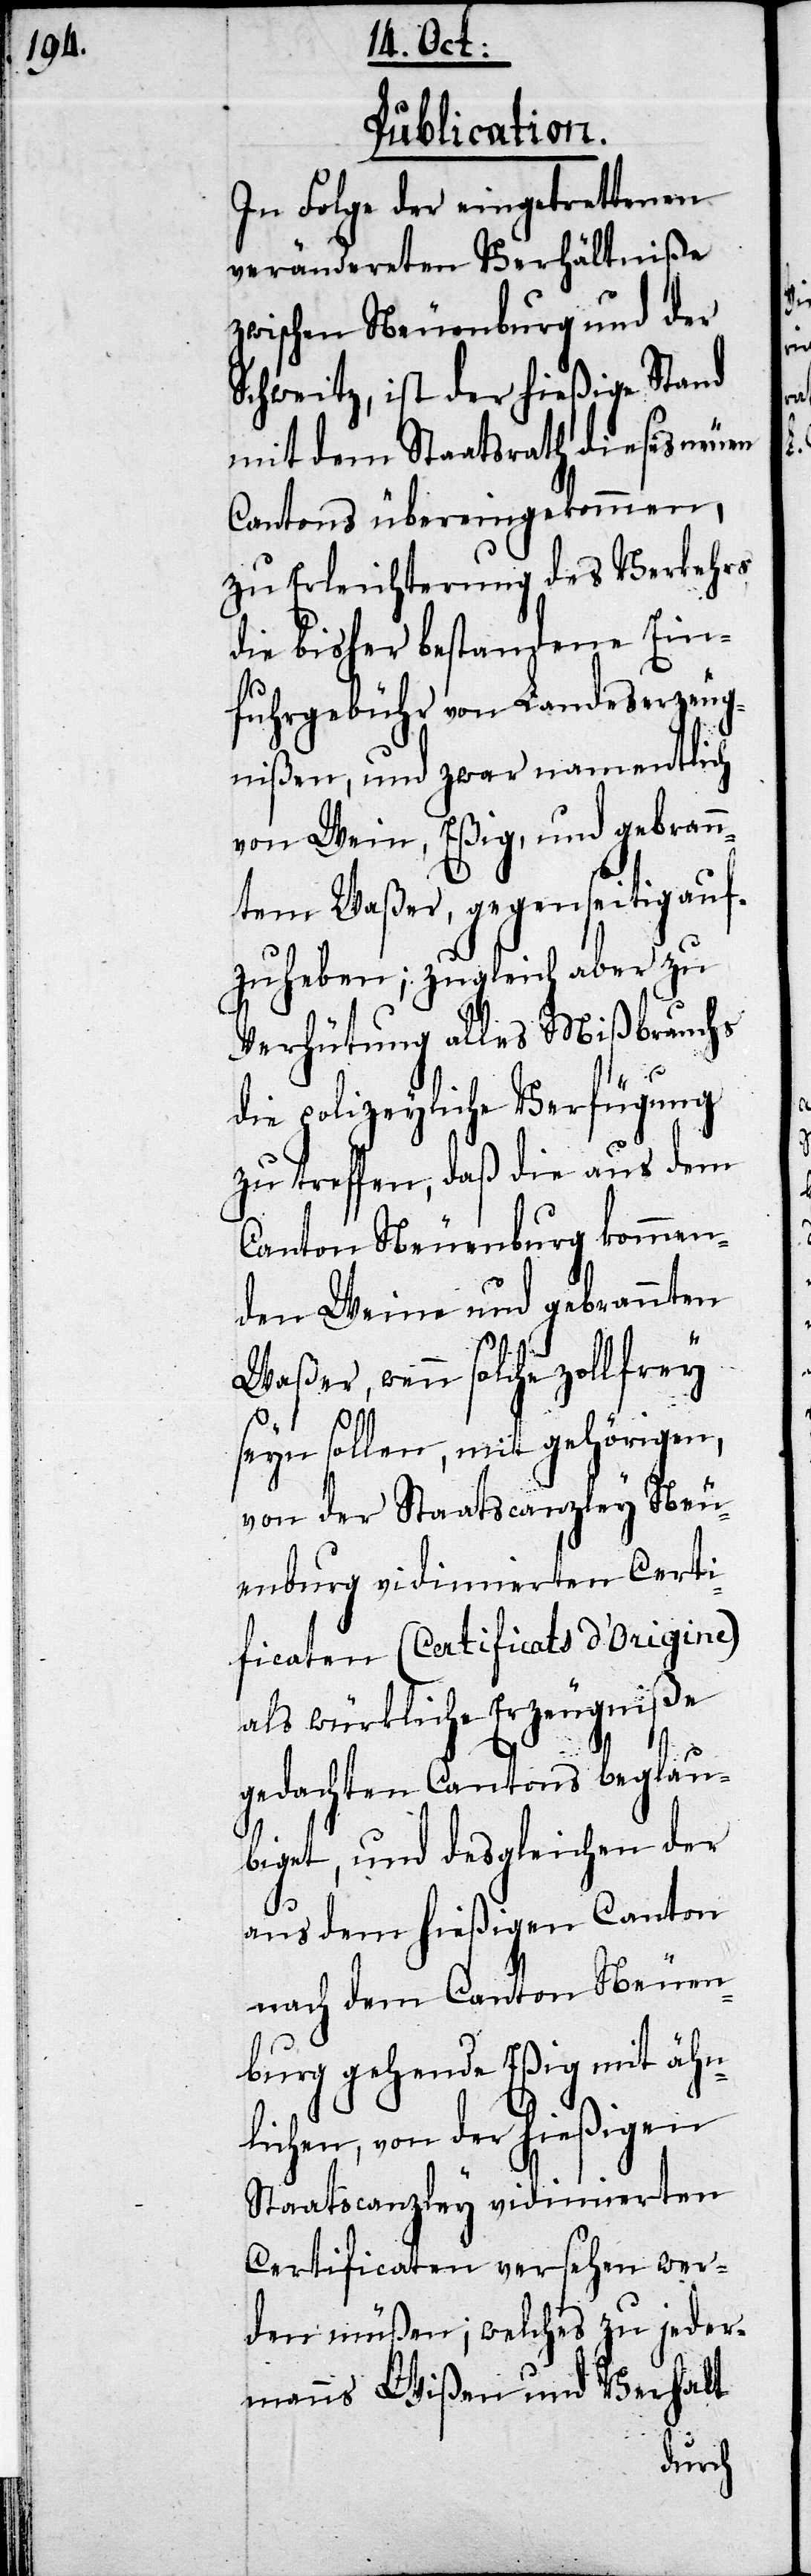
Publication.
In Folge der eingetrettenen
veränderten Verhältniße
zwischen Neuenburg und der
Schweitz, ist der hießige Stand
mit dem Staatsrath dieses neuen
Cantons übereingekommen,
zu Erleichterung des Verkehrs
die bisher bestandene Ein¬
fuhrgebühr von Landeserzeug¬
nißen, und zwar namentlich
von Wein, Eßig, und gebran¬
ntem Waßer, gegenseitig auf¬
zuheben; zugleich aber zu
Verhütung alles Mißbrauchs
die polizeyliche Verfügung
zu treffen, daß die aus dem
Canton Neuenburg kommen¬
den Weine und gebrannten
Waßer, wenn solche zollfrey
seyn sollen, mit gehörigen,
von der Staatscanzley Neu¬
enburg vidimierten Certi¬
ficaten (Certificats d’Origine)
als würkliche Erzeugniße
gedachten Cantons beglau¬
biget, und desgleichen der
aus dem hießigen Canton
nach dem Canton Neuen¬
burg gehende Eßig mit ähn¬
lichen, von der hießigen
Staatscanzley vidimierten
Certificaten versehen wer¬
den müßen; welches zu jeder¬
manns Wißen und Verhalt